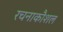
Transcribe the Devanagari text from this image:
रचनाकौशल